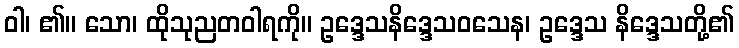
ဝါ၊ ၏။ သော၊ ထိုသုညတဝါရကို။ ဥဒ္ဒေသနိဒ္ဒေသဝသေန၊ ဥဒ္ဒေသ နိဒ္ဒေသတို့၏